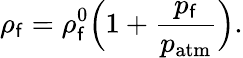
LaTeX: \rho_{\mathsf{f}}=\rho_{\mathsf{f}}^{0}\Big(1+\frac{{p_{\mathsf{f}}}}{{p_{\mathrm{{atm}}}}}\Big).